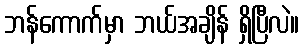
ဘန်ကောက်မှာ ဘယ်အချိန် ရှိပြီလဲ။